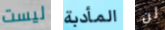
ليست المأدبة لن